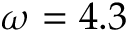
\omega = 4 . 3